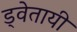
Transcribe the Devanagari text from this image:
ड्वेतायी